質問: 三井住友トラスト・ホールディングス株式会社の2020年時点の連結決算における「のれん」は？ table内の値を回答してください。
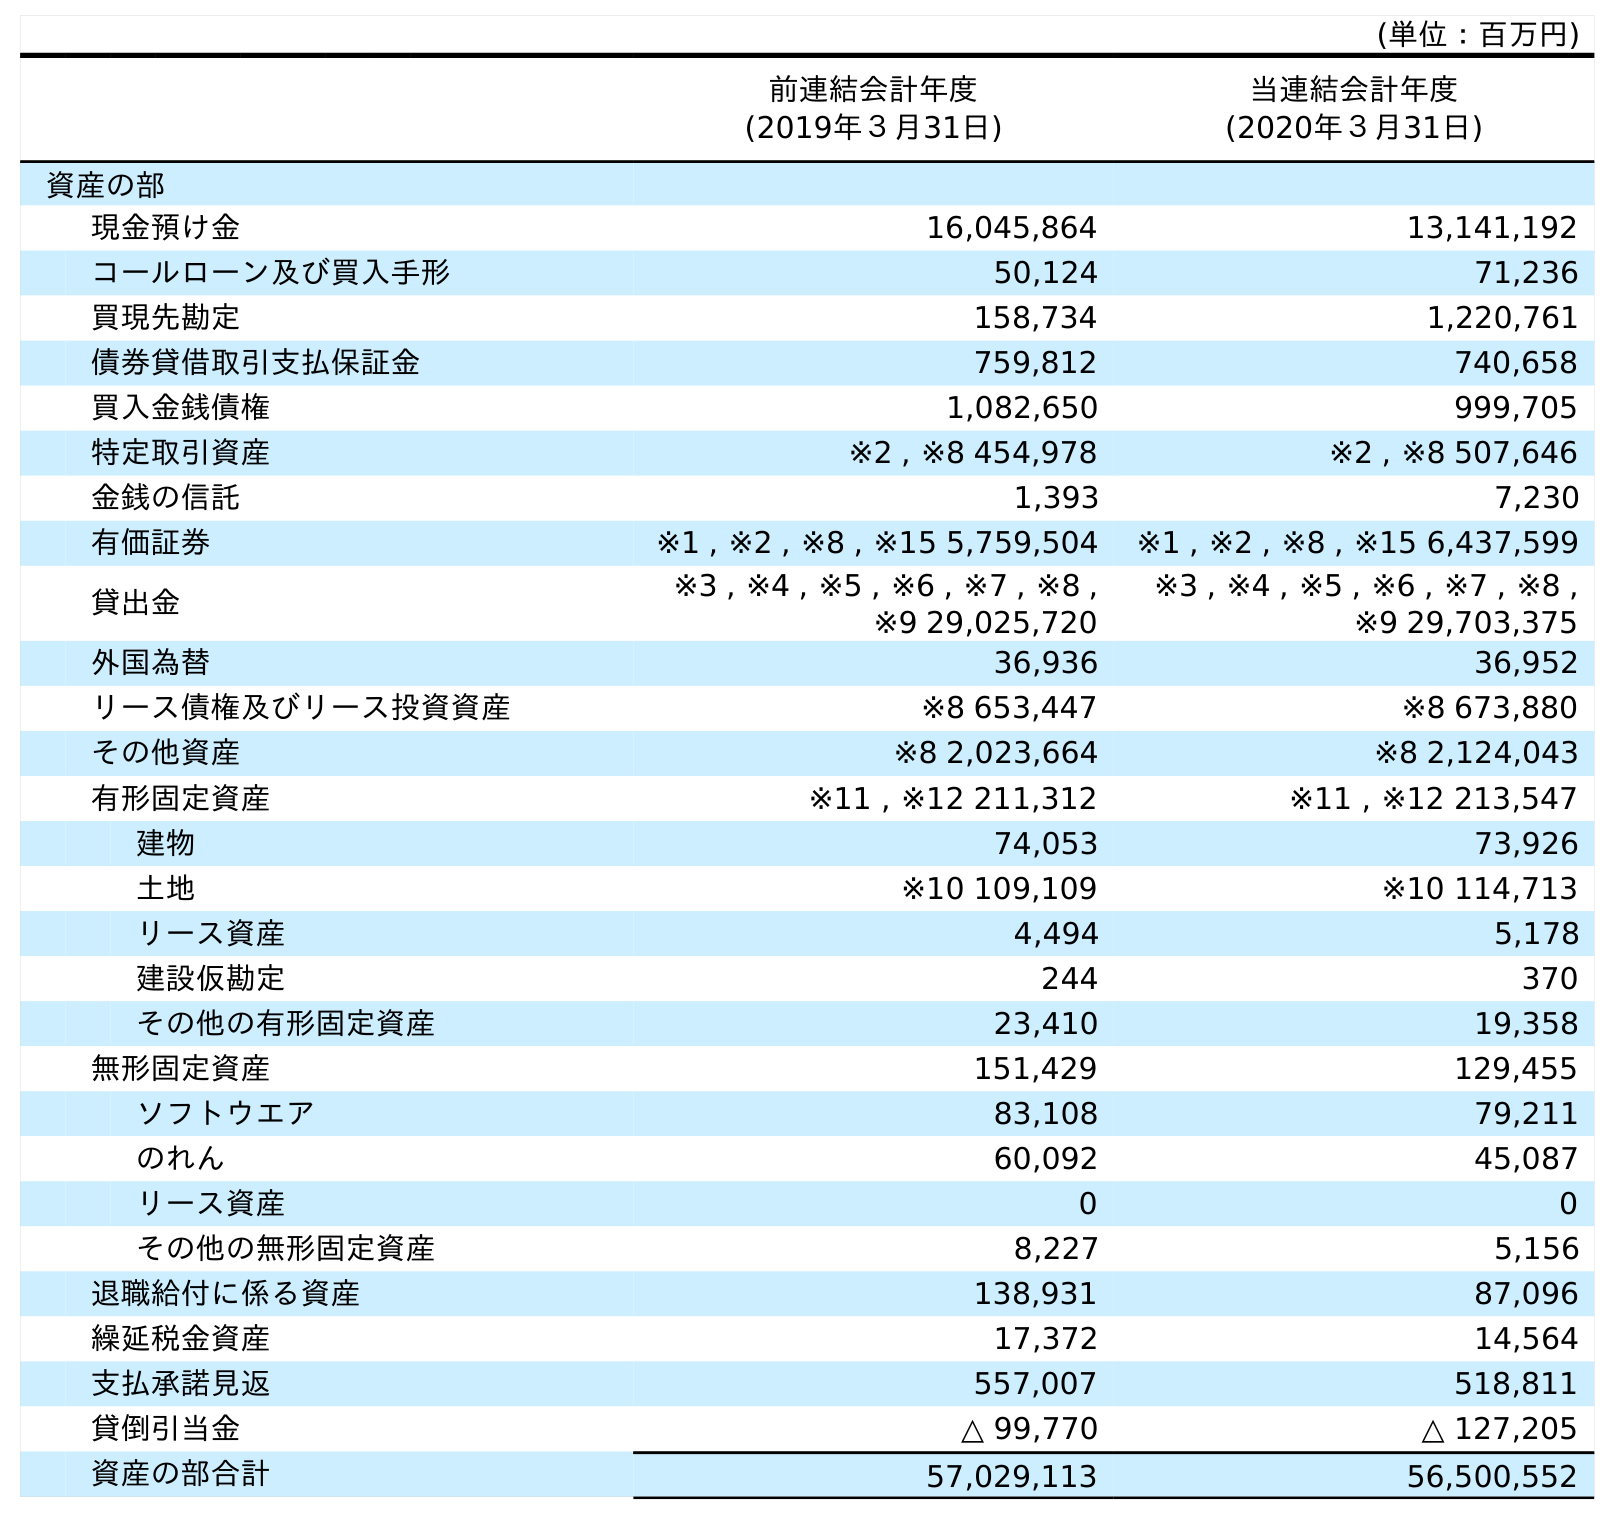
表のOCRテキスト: (単位：百万円) 前連結会計年度 (2019年３月31日) 当連結会計年度 (2020年３月31日) 資産の部 現金預け金 16,045,864 13,141,192 コールローン及び買入手形 50,124 71,236 買現先勘定 158,734 1,220,761 債券貸借取引支払保証金 759,812 740,658 買入金銭債権 1,082,650 999,705 特定取引資産 ※2 , ※8 454,978 ※2 , ※8 507,646 金銭の信託 1,393 7,230 有価証券 ※1 , ※2 , ※8 , ※15 5,759,504 ※1 , ※2 , ※8 , ※15 6,437,599 貸出金 ※3 , ※4 , ※5 , ※6 , ※7 , ※8 , ※9 29,025,720 ※3 , ※4 , ※5 , ※6 , ※7 , ※8 , ※9 29,703,375 外国為替 36,936 36,952 リース債権及びリース投資資産 ※8 653,447 ※8 673,880 その他資産 ※8 2,023,664 ※8 2,124,043 有形固定資産 ※11 , ※12 211,312 ※11 , ※12 213,547 建物 74,053 73,926 土地 ※10 109,109 ※10 114,713 リース資産 4,494 5,178 建設仮勘定 244 370 その他の有形固定資産 23,410 19,358 無形固定資産 151,429 129,455 ソフトウエア 83,108 79,211 のれん 60,092 45,087 リース資産 0 0 その他の無形固定資産 8,227 5,156 退職給付に係る資産 138,931 87,096 繰延税金資産 17,372 14,564 支払承諾見返 557,007 518,811 貸倒引当金 △ 99,770 △ 127,205 資産の部合計 57,029,113 56,500,552
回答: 45,087